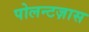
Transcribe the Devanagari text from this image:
पोलन्टज़ास